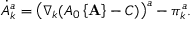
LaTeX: \dot { A } _ { k } ^ { a } = \left( \nabla _ { k } ( A _ { 0 } \left\{ { \bf A } \right\} - C ) \right) ^ { a } - \pi _ { k } ^ { a } .